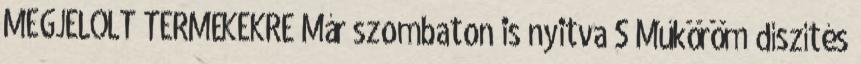
MEGJELÖLT TERMÉKEKRE Már szombaton is nyitva S Műköröm díszítés